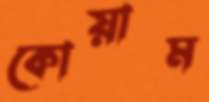
কোয়াম